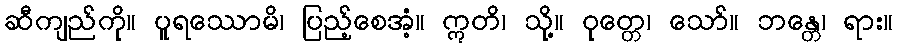
ဆီကျည်ကို။ ပူရဿောမိ၊ ပြည့်စေအံ့။ ဣတိ၊ သို့။ ဝုတ္တေ၊ သော်။ ဘန္တေ၊ ရား။